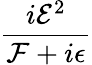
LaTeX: \frac{i{\mathcal{E}}^{2}}{{\mathcal{F}}+i\epsilon}